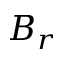
B _ { r }